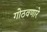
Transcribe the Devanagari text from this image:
गोठवणारे